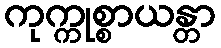
ကုက္ကုစ္စာယန္တာ